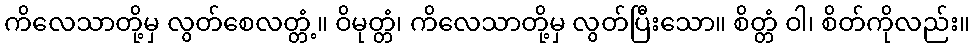
ကိလေသာတို့မှ လွတ်စေလတ္တံ့။ ဝိမုတ္တံ၊ ကိလေသာတို့မှ လွတ်ပြီးသော။ စိတ္တံ ဝါ၊ စိတ်ကိုလည်း။